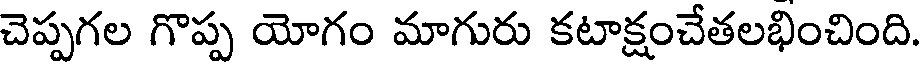
చెప్పగల గొప్ప యోగం మాగురు కటాక్షంచేతలభించింది